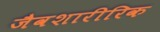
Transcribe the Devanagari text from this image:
जैवशारीरिक